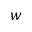
w